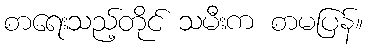
စာရေးသည့်တိုင် သမီးက စာမပြန်။